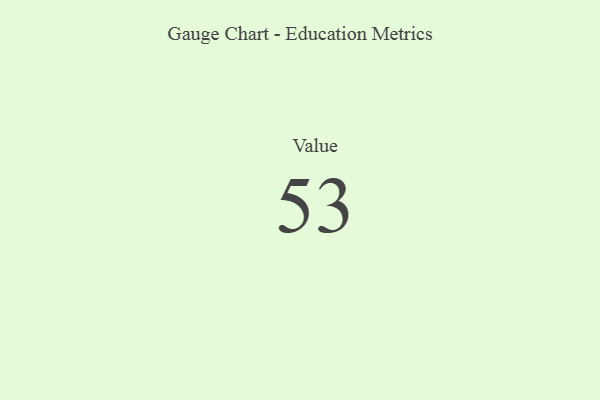
{"axis": {"x": "Metric", "y": "Value"}, "legend": [""], "data": [{"x": "Value", "y": 53, "type": ""}]}